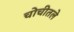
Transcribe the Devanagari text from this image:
चोचीतले